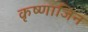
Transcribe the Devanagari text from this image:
कृष्णाजिन